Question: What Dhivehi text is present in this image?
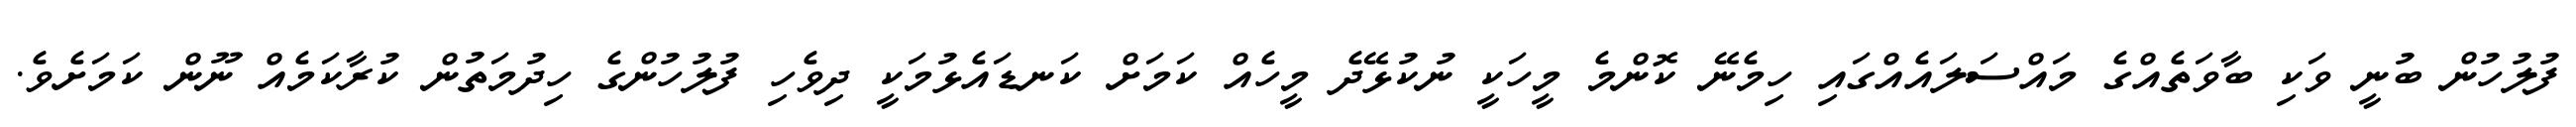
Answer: ފުލުހުން ބުނީ ވަކި ބާވަތެއްގެ މައްސަލައެއްގައި ހިމެނޭ ކޮންމެ މީހަކީ ނުކުޅޭދެ މީހެއް ކަމަށް ކަނޑައެޅުމަކީ ދިވެހި ފުލުހުންގެ ހިދުމަތުން ކުރާކަމެއް ނޫން ކަމަށެވެ.